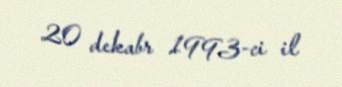
20 dekabr 1993-ci il